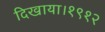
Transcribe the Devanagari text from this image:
दिखाया।१९१२